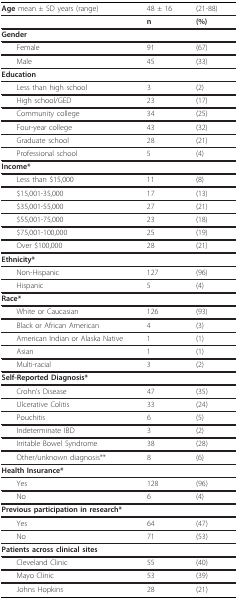
| Age mean ± SD years (range) | 48 ± 16 | (21-88) |
 | --- | --- | --- |
 |  | n | (%) |
 | Gender |  |  |
 | Female | 91 | (67) |
 | Male | 45 | (33) |
 | Education |  |  |
 | Less than high school | 3 | (2) |
 | High school/GED | 23 | (17) |
 | Community college | 34 | (25) |
 | Four-year college | 43 | (32) |
 | Graduate school | 28 | (21) |
 | Professional school | 5 | (4) |
 | Income* |  |  |
 | Less than $15,000 | 11 | (8) |
 | $15,001-35,000 | 17 | (13) |
 | $35,001-55,000 | 27 | (21) |
 | $55,001-75,000 | 23 | (18) |
 | $75,001-100,000 | 25 | (19) |
 | Over $100,000 | 28 | (21) |
 | Ethnicity* |  |  |
 | Non-Hispanic | 127 | (96) |
 | Hispanic | 5 | (4) |
 | Race* |  |  |
 | White or Caucasian | 126 | (93) |
 | Black or African American | 4 | (3) |
 | American Indian or Alaska Native | 1 | (1) |
 | Asian | 1 | (1) |
 | Multi-racial | 3 | (2) |
 | Self-Reported Diagnosis* |  |  |
 | Crohn's Disease | 47 | (35) |
 | Ulcerative Colitis | 33 | (24) |
 | Pouchitis | 6 | (5) |
 | Indeterminate IBD | 3 | (2) |
 | Irritable Bowel Syndrome | 38 | (28) |
 | Other/unknown diagnosis** | 8 | (6) |
 | Health Insurance* |  |  |
 | Yes | 128 | (96) |
 | No | 6 | (4) |
 | Previous participation in research* |  |  |
 | Yes | 64 | (47) |
 | No | 71 | (53) |
 | Patients across clinical sites |  |  |
 | Cleveland Clinic | 55 | (40) |
 | Mayo Clinic | 53 | (39) |
 | Johns Hopkins | 28 | (21) |